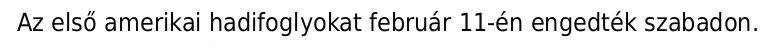
Az első amerikai hadifoglyokat február 11-én engedték szabadon.